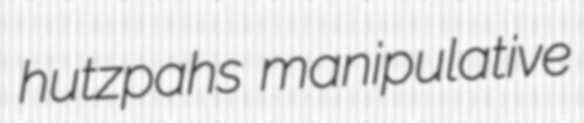
hutzpahs manipulative